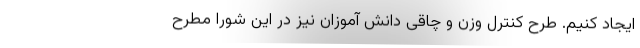
ایجاد کنیم. طرح کنترل وزن و چاقی دانش آموزان نیز در این شورا مطرح